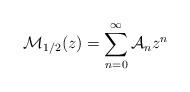
LaTeX: \begin{align*}{\cal M}_{1/2}(z)=\sum_{n=0}^\infty{\cal A}_n z^n\end{align*}